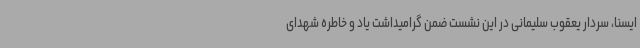
ایسنا، سردار یعقوب سلیمانی در این نشست ضمن گرامیداشت یاد و خاطره شهدای